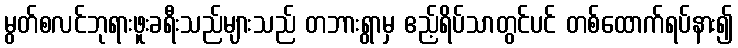
မွတ်စလင်ဘုရားဖူးခရီးသည်များသည် တဘားရွာမှ ဧည့်ရိပ်သာတွင်ပင် တစ်ထောက်ရပ်နား၍